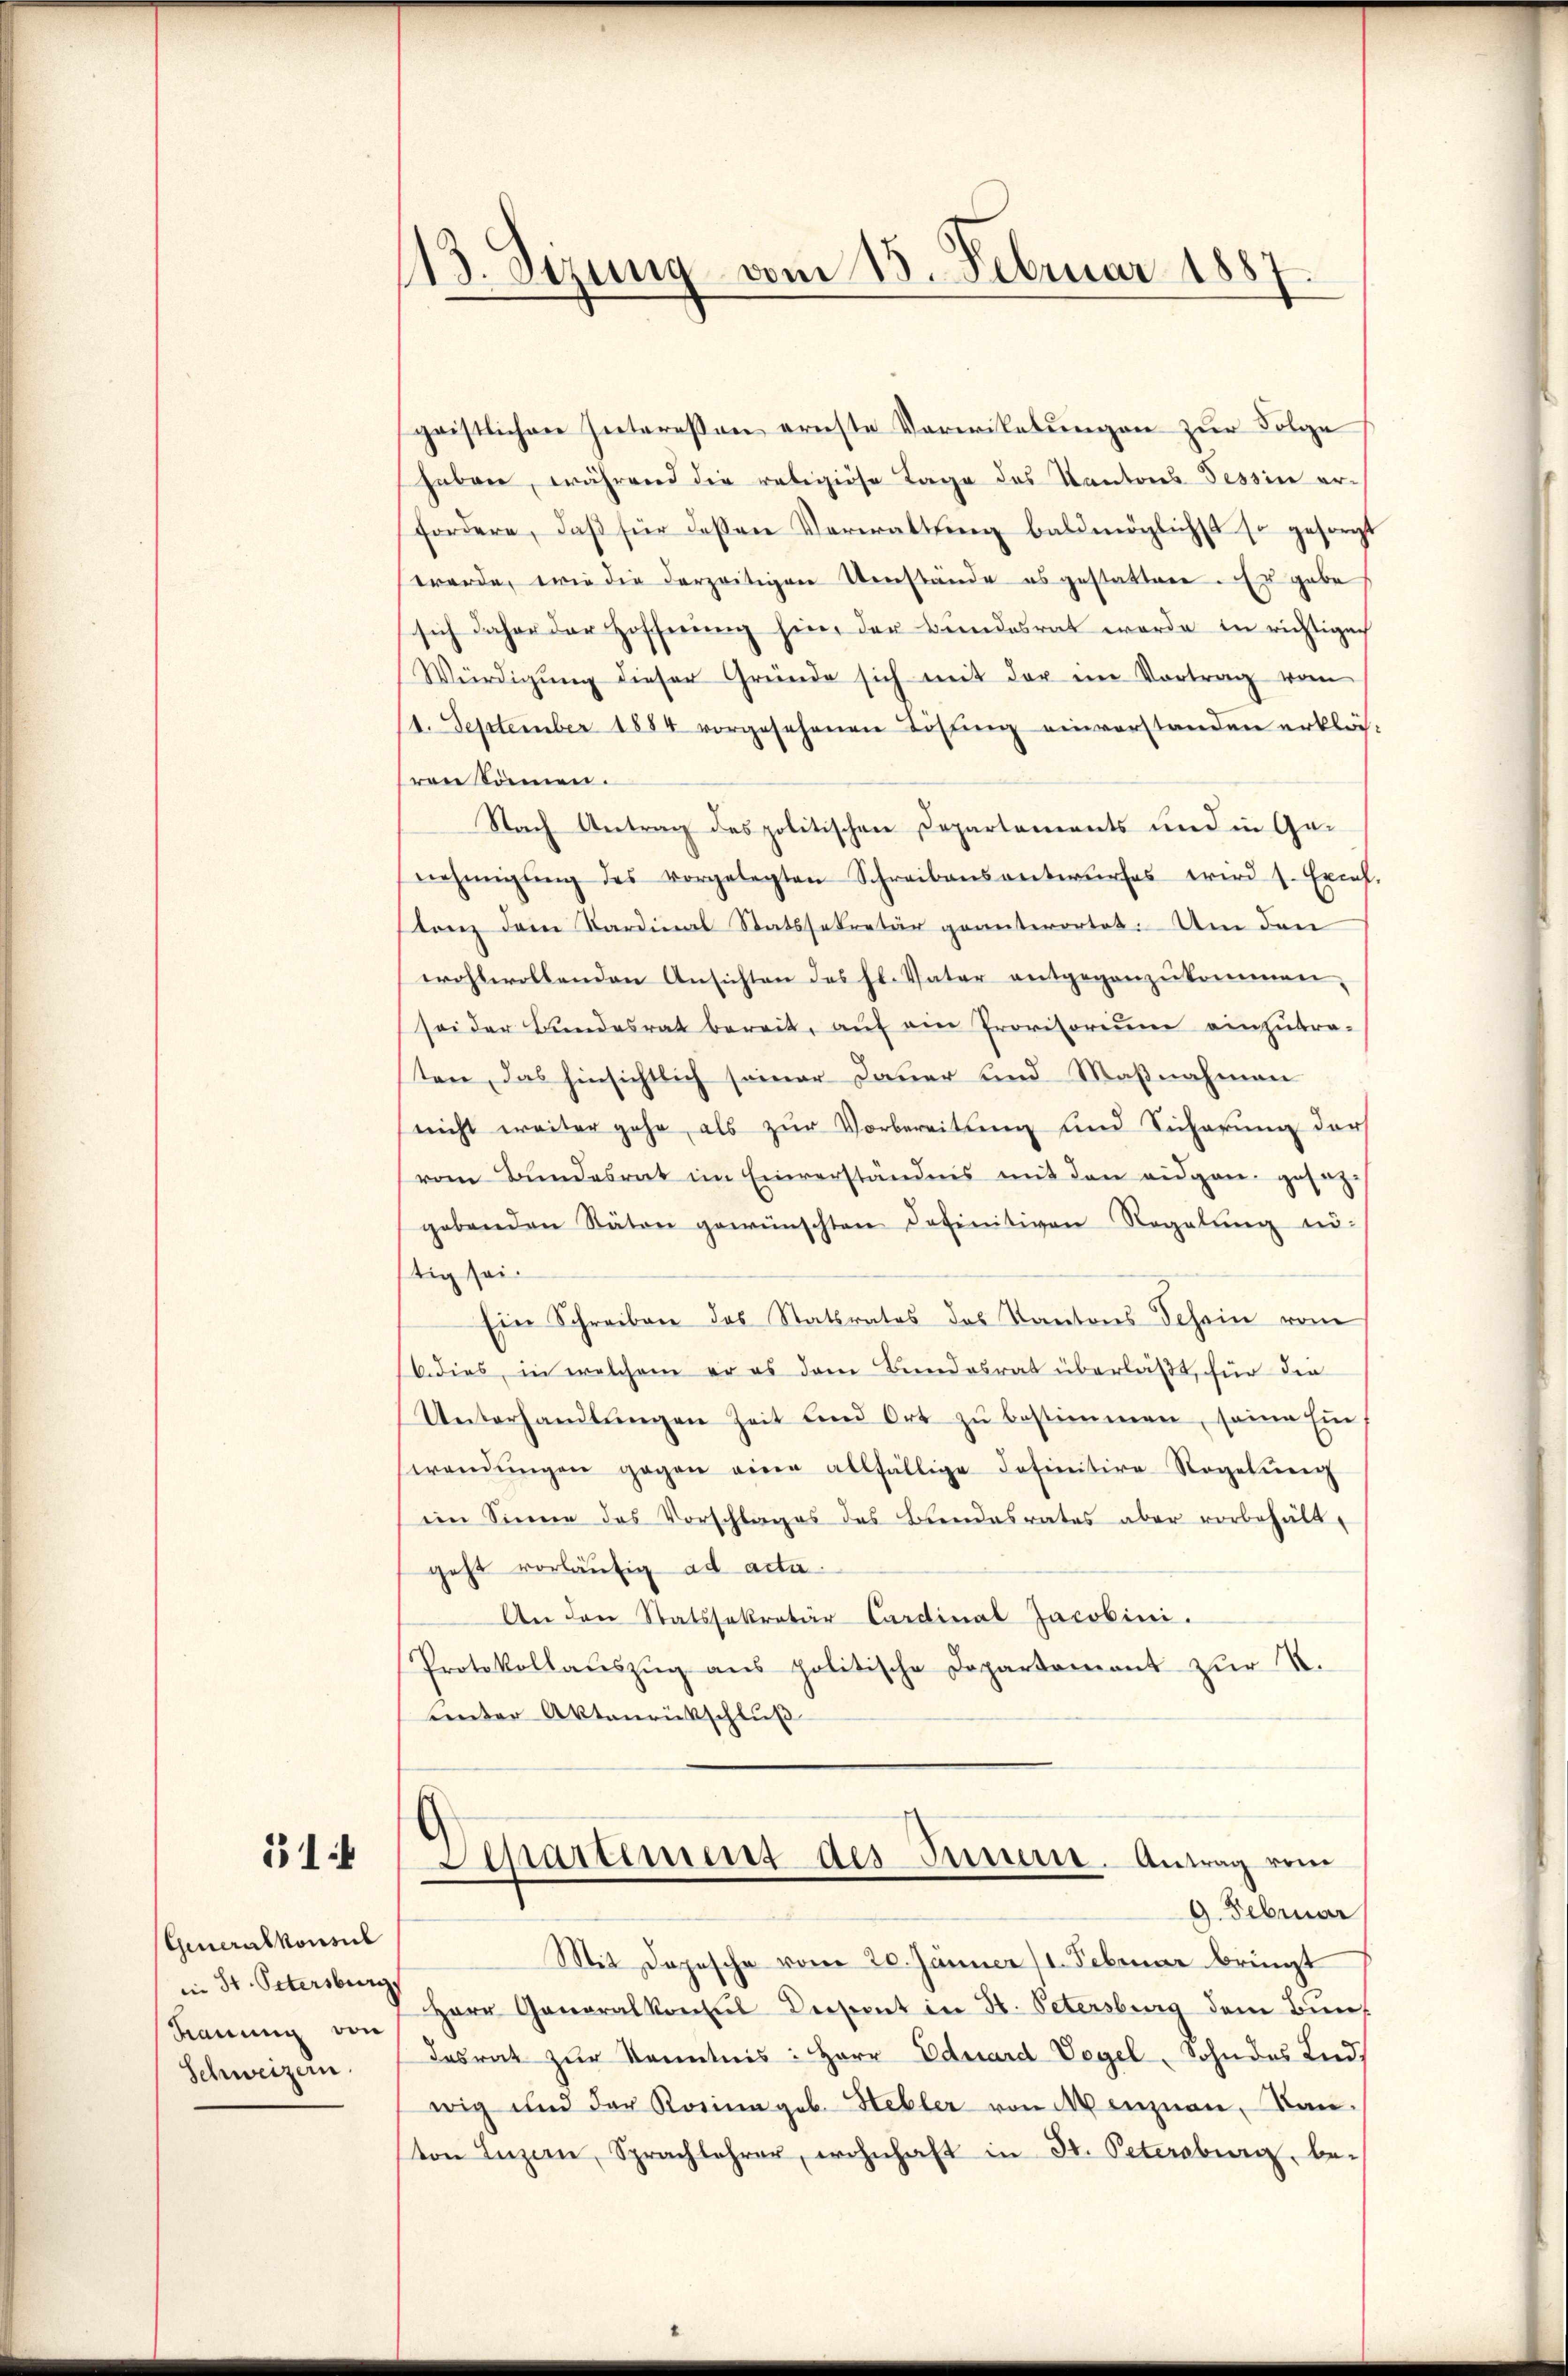
51

Generalkonsul
in St. Petersburg
Kauung von
Schweizern.

113. Sizung vom 15. Februar 1887.

geistlichen Interessen ernste Vorwikelungen zur Folge
haben, während die religiöse Tage des Kantons Tessine erfordere, daβ für dessen Verwaltŭng baldmöglichst so gesorgt
werde, wie die derzeitigen Umstände es gestatten. Es gebe
sich daher der Hoffnŭng hin, der Bundesrat werde in richtigen
Würdigŭng dieser Gründe sich mit der im Vortrag vom
14. September 1884 vorgesehenen Lösung einverstanden erklävon können.
Nach Antrag des politischen Departements und in Ge-
nehmigŭng des vorgelegten Schreibensentwŭrfes wird 1. Excel.
lanz dem Sardinal Statssekretär geanterortet. Um den
wohlwollenden Ansichten des hl. Vater entgegenzŭkommen,
sei der Bundesrat bereit, aŭf ein Provisoriŭm einzutra-
ten, das hinsichtlich seiner Dauer und Maßnahmen
nicht weiter gehe als zur Vorbereitung und Sicherung der
vom Bundesrat im Einverständnis mit den eidgen. gesaggebenden Stäten gewünschten Definitiven Regelŭng nö-
tig sei.
Ein Schreiben des Stattrates das Kantons Schein vom
b. dies, in welchem er es dem Bundesrat überläßt, für die
Unterhandlŭngen Zeit und Ort zŭ bestimmen, seine Ein
wendŭngen gegen eine allfällige Definitive Regelŭng
iim Sinne des Vorschlages des Bundesrates aber vorbehält.
geht vorläufig ad acta.
An den Statssekretär Cardinal Jacobini.
Protokollaŭszŭg ans politische Departamant zŭr N.
tenter Aktenrückschluß
Separtement des Inner. Antrag vom
9. Februar
Mit Depesche vom 20. Jänner (1. Februar bringt
Herr Generalkonsul Diesent in St. Petersburg dem Bundesrat zur Kenntnis: Herr Eduard Vogel, Sohn des Lied.
wig und der Rosina geb. Hebler von Menznau, Banvon Luzern, Sprachlehrer, wohnhaft in St. Petersburg, be¬